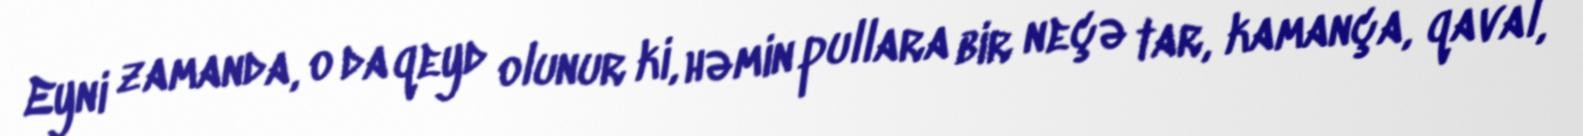
Eyni zamanda, o da qeyd olunur ki, həmin pullara bir neçə tar, kamança, qaval,